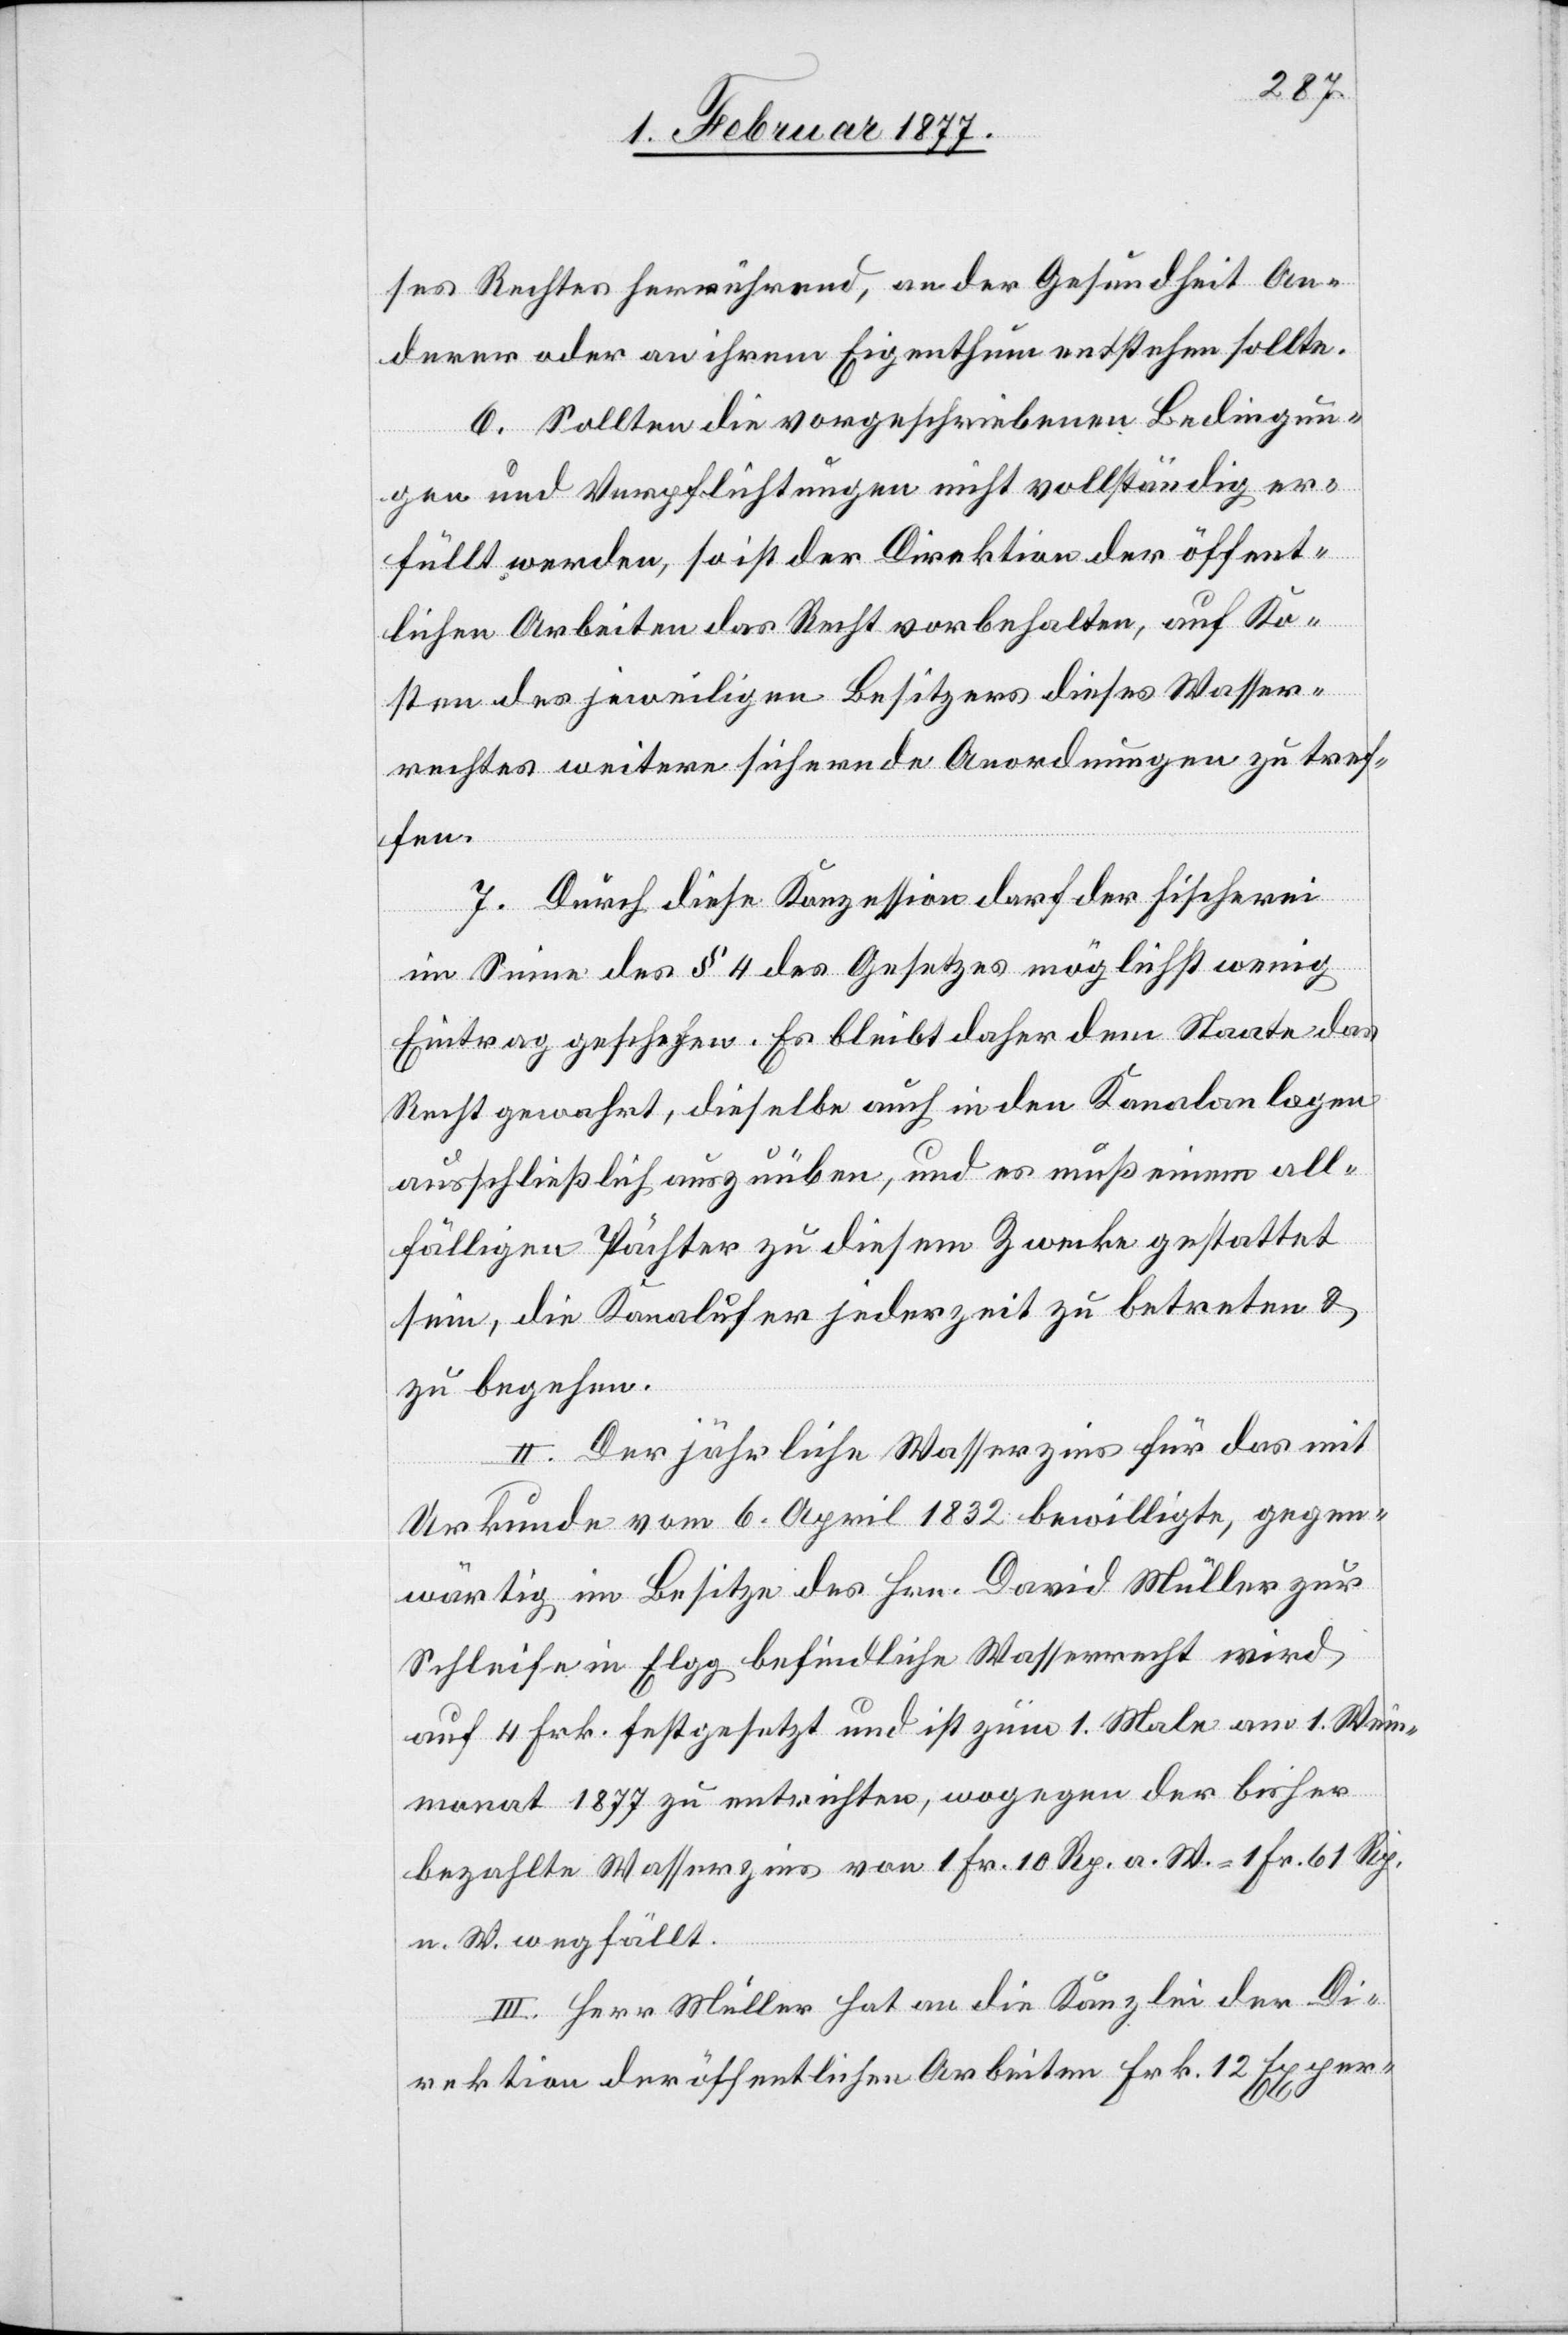
ses Rechtes herrührend, an der Gesundheit an¬
derer oder an ihrem Eigenthum entstehen sollte.
6. Sollten die vorgeschriebenen Bedingun¬
gen und Verpflichtungen nicht vollständig er¬
füllt werden, so ist der Direktion der öffent¬
lichen Arbeiten das Recht vorbehalten, auf Ko¬
sten des jeweiligen Besitzers dieses Wasser¬
rechtes weitere sichernde Anordnungen zu tref¬
fen.
7. Durch diese Konzession darf der Fischerei
im Sinne des § 4 des Gesetzes möglichst wenig
Eintrag geschehen. Es bleibt daher dem Staate das
Recht gewahrt, dieselbe auch in den Kanalanlagen
ausschließlich auszuüben, und es muß einem all¬
fälligen Pächter zu diesem Zwecke gestattet
sein, die Kanalufer jederzeit zu betreten &
zu begehen.
II. Der jährliche Wasserzins für das mit
Urkunde vom 6. April 1832 bewilligte, gegen¬
wärtig im Besitze des Hrn. David Müller zur
Schleife in Elgg befindliche Wasserrecht wird
auf 4 Frk. festgesetzt und ist zum 1. Male am 1. Wein¬
monat 1877 zu entrichten, wogegen der bisher
bezahlte Wasserzins von 1 Fr. 10 Rp. a. W. = 1 Fr. 61 Rp.
n. W. wegfällt.
III. Herr Müller hat an die Kanzlei der Di¬
rektion der öffentlichen Arbeiten Frk. 12 Exper-